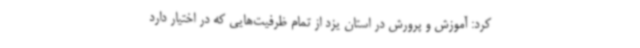
کرد: آموزش و پرورش در استان یزد از تمام ظرفیت‌هایی که در اختیار دارد